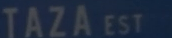
TAZAEST